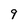
Character: 9